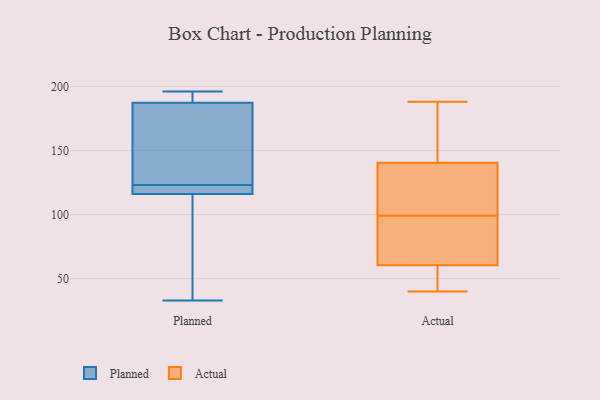
{"axis": {"x": "Waste Production (Tons)", "y": "Value"}, "legend": ["Actual", "Planned"], "data": [{"x": "", "y": 123, "type": "Planned"}, {"x": "", "y": 145, "type": "Planned"}, {"x": "", "y": 114, "type": "Planned"}, {"x": "", "y": 185, "type": "Planned"}, {"x": "", "y": 123, "type": "Planned"}, {"x": "", "y": 78, "type": "Planned"}, {"x": "", "y": 122, "type": "Planned"}, {"x": "", "y": 33, "type": "Planned"}, {"x": "", "y": 196, "type": "Planned"}, {"x": "", "y": 191, "type": "Planned"}, {"x": "", "y": 188, "type": "Planned"}, {"x": "", "y": 110, "type": "Actual"}, {"x": "", "y": 110, "type": "Actual"}, {"x": "", "y": 184, "type": "Actual"}, {"x": "", "y": 69, "type": "Actual"}, {"x": "", "y": 111, "type": "Actual"}, {"x": "", "y": 88, "type": "Actual"}, {"x": "", "y": 170, "type": "Actual"}, {"x": "", "y": 40, "type": "Actual"}, {"x": "", "y": 81, "type": "Actual"}, {"x": "", "y": 188, "type": "Actual"}, {"x": "", "y": 52, "type": "Actual"}, {"x": "", "y": 48, "type": "Actual"}]}